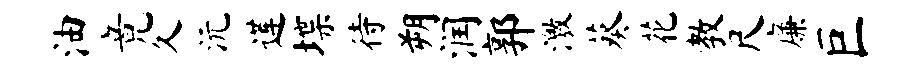
油竟久沅莲堞待朔润郭激葵花教尺廉巨